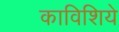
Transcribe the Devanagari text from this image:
काविशिये